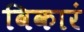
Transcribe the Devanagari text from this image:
विकारं